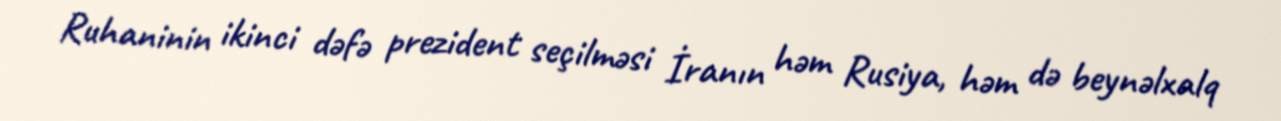
Ruhaninin ikinci dəfə prezident seçilməsi İranın həm Rusiya, həm də beynəlxalq